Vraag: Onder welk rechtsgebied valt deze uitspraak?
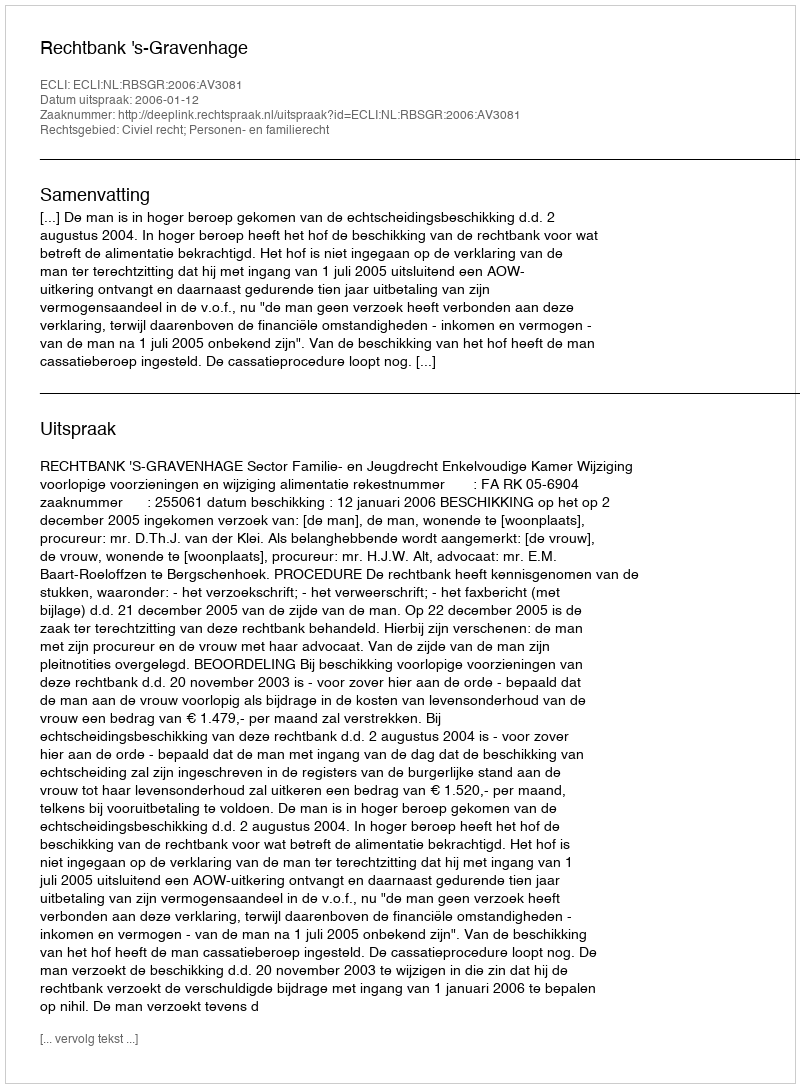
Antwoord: Civiel recht; Personen- en familierecht